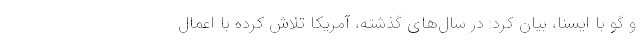
و گو با ایسنا، بیان کرد: در سال‌های گذشته، آمریکا تلاش کرده با اعمال